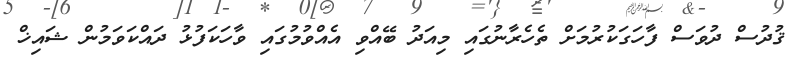
ޤުދުސް ދުވަސް ފާހަގަކުރުމަށް ތެހެރާނުގައި މިއަދު ބޭއްވި އެއްވުމުގައި ވާހަކަފުޅު ދައްކަވަމުން ޝައިޚް